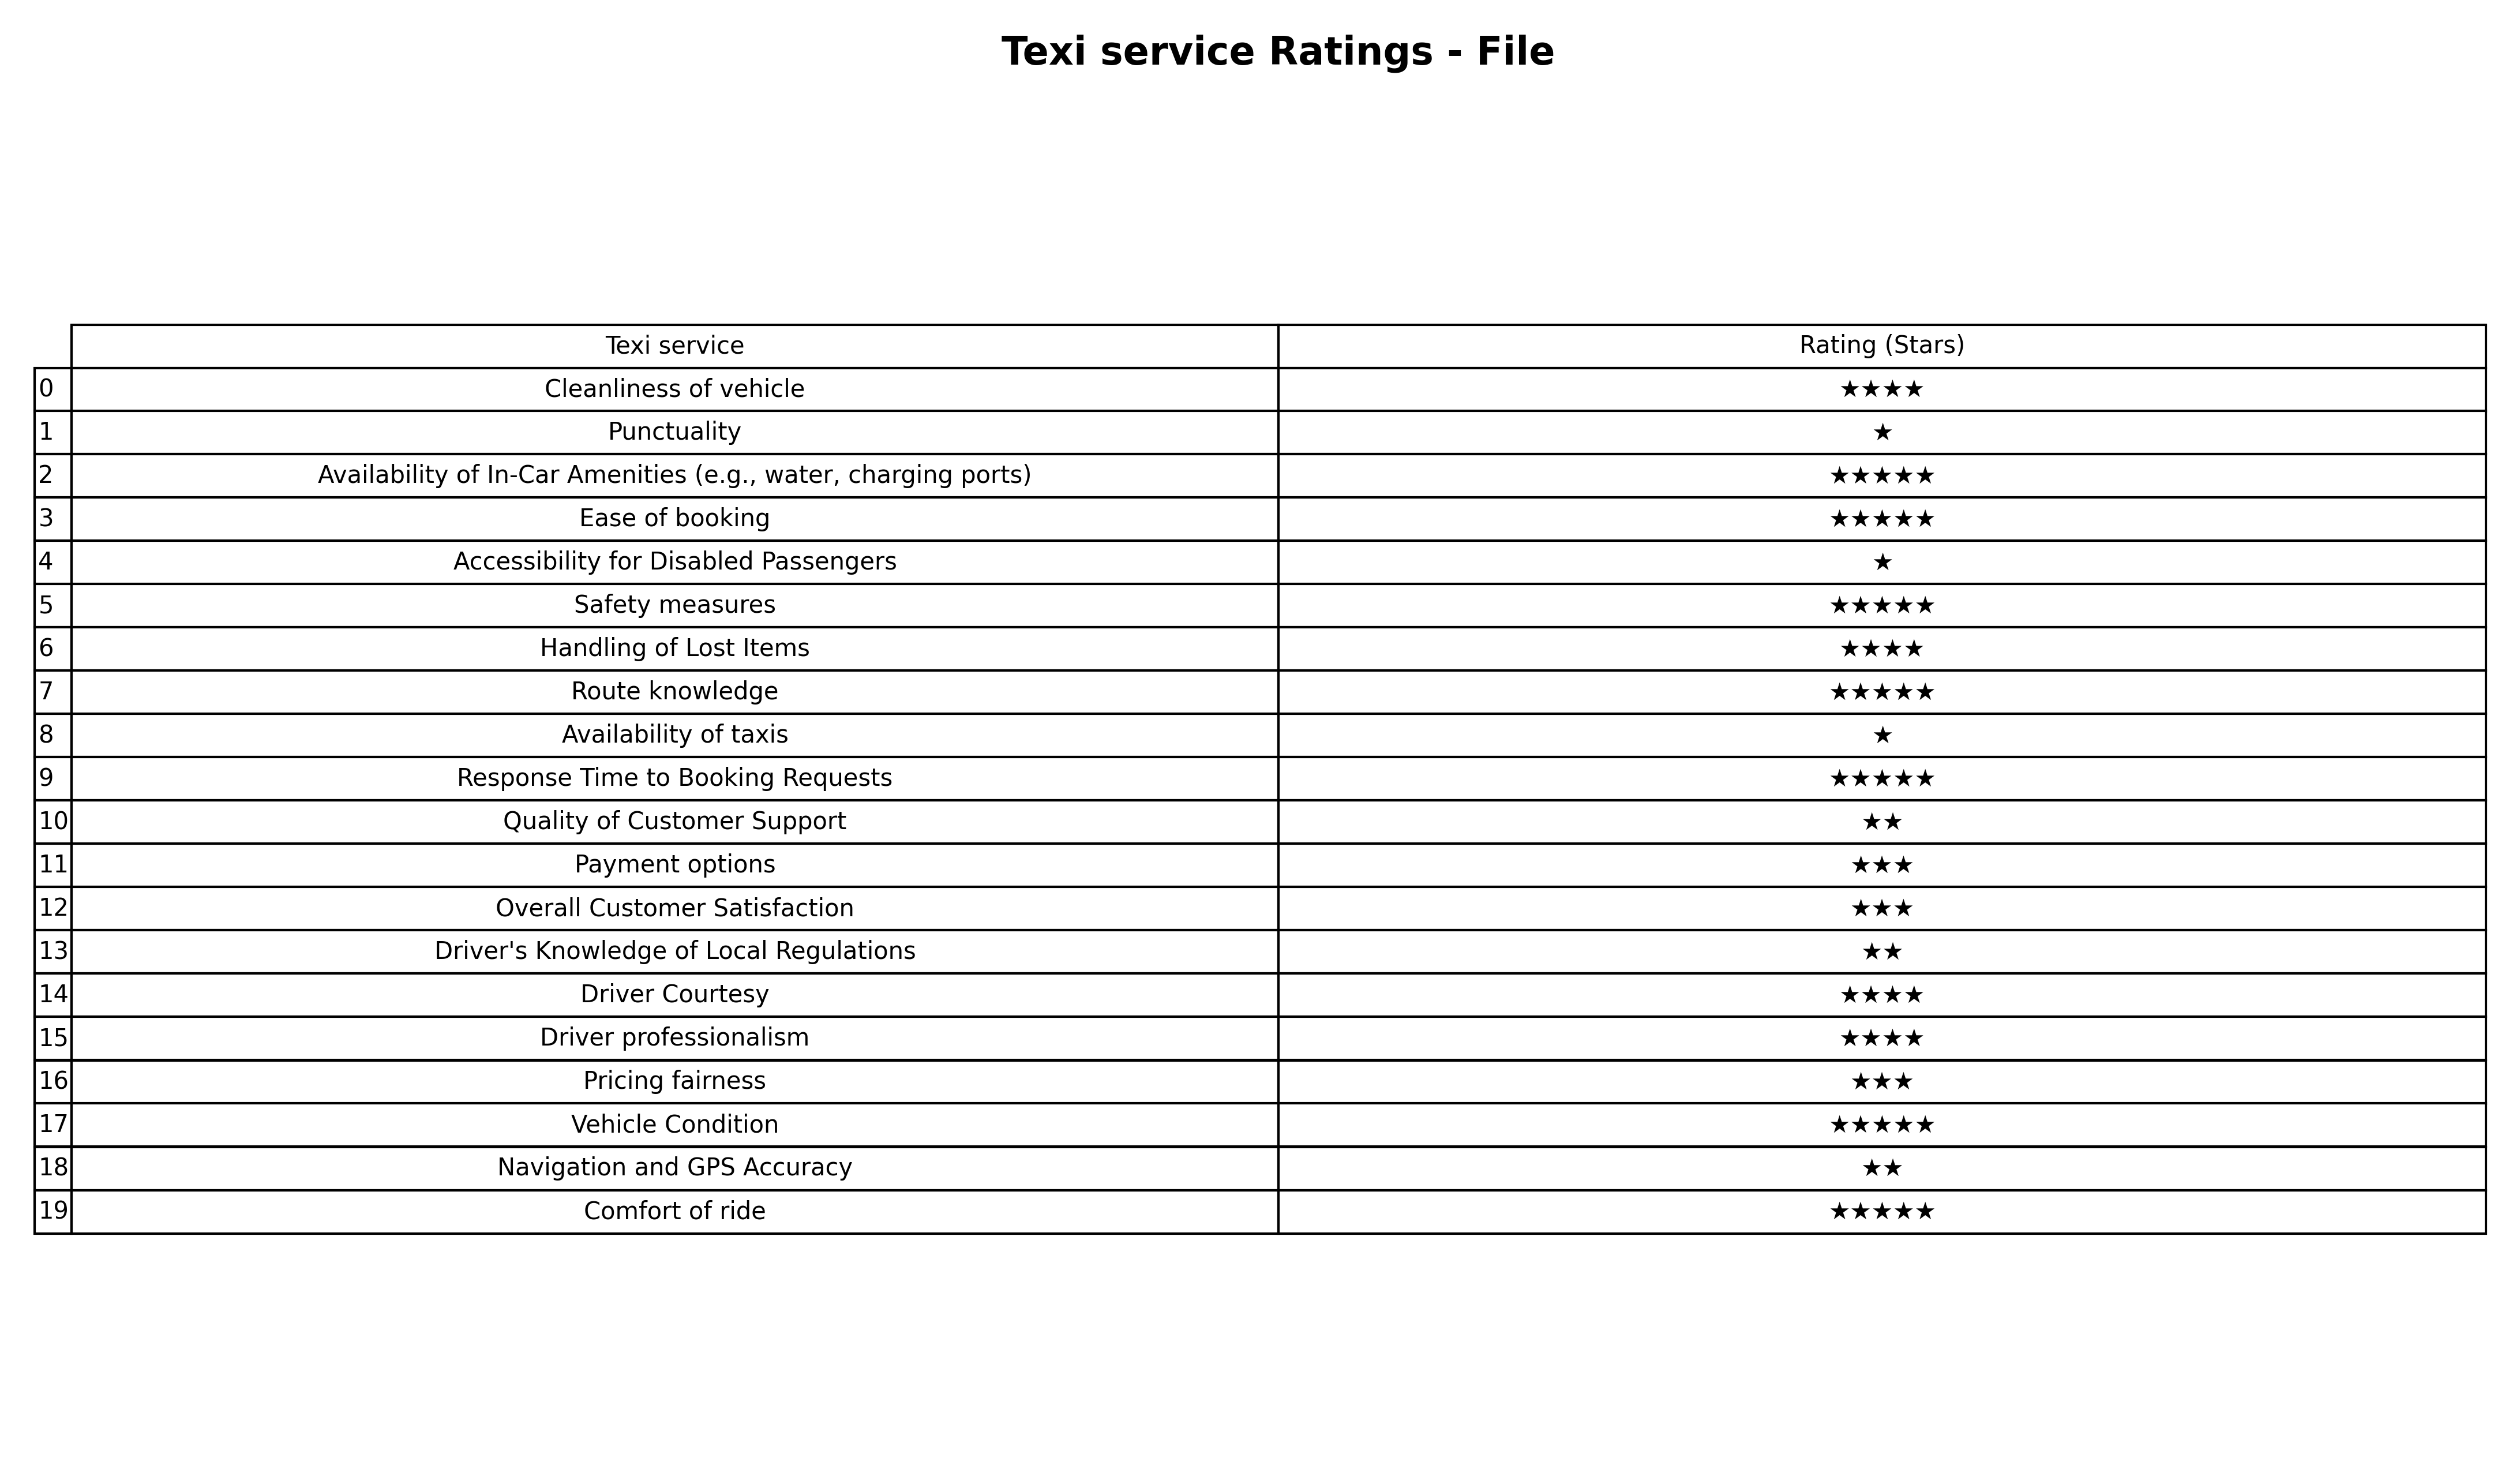
question: What are three star services?
answer: Payment optionsOverall Customer SatisfactionPricing fairness